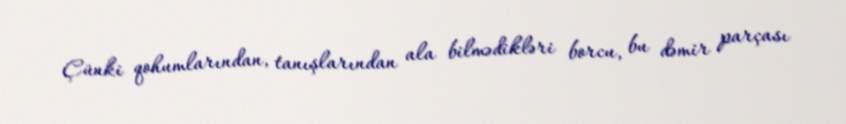
Çünki qohumlarından, tanışlarından ala bilmədikləri borcu, bu dəmir parçası